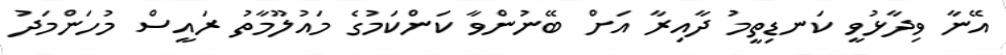
އޭނާ ވިދާޅުވީ ކަނޑިތީމު ދާއިރާ އަށް ބޭނުންވާ ކަންކަމުގެ މައުލޫމާތު ރައީސް މުހަންމަދު